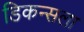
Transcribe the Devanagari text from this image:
डिकन्सला